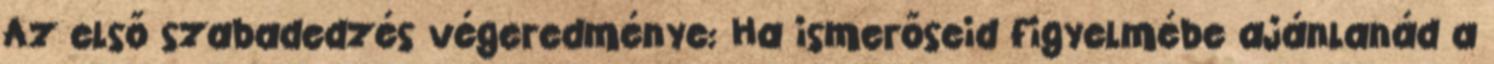
Az első szabadedzés végeredménye: Ha ismerőseid figyelmébe ajánlanád a